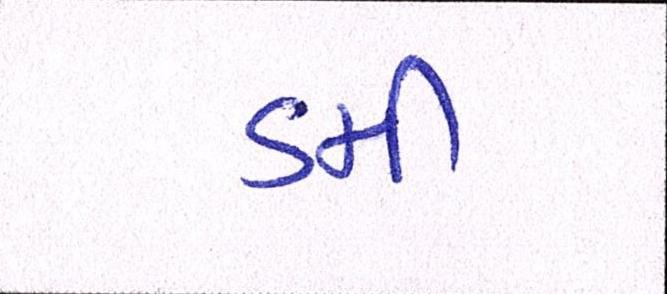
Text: ડમી